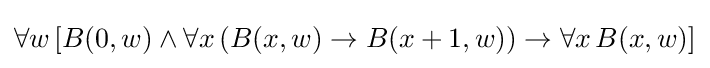
\forall w\,[B(0,w)\land \forall x\,(B(x,w)\to B(x+1,w))\to \forall x\,B(x,w)]